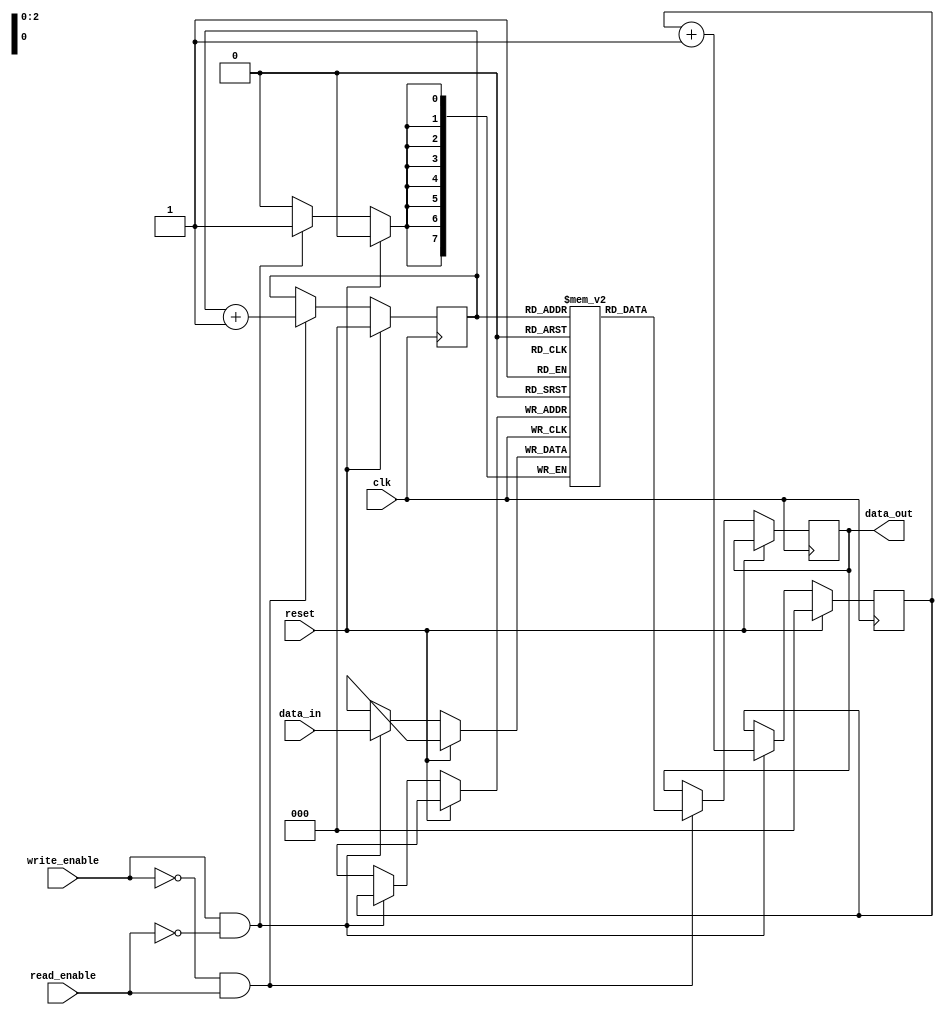
module non_blocking_fifo (
  input wire clk,
  input wire reset,
  input wire write_enable,
  input wire read_enable,
  input wire [7:0] data_in,
  output reg [7:0] data_out
);

  reg [7:0] buffer [0:7];
  reg [2:0] write_ptr = 3'd0;
  reg [2:0] read_ptr = 3'd0;
  
  always @(posedge clk) begin
    if (reset) begin
      write_ptr <= 3'd0;
      read_ptr <= 3'd0;
    end else begin
      if (write_enable && !read_enable) begin
        buffer[write_ptr] <= data_in;
        write_ptr <= write_ptr + 1;
      end
      if (!write_enable && read_enable) begin
        data_out <= buffer[read_ptr];
        read_ptr <= read_ptr + 1;
      end
    end
  end
  
endmodule